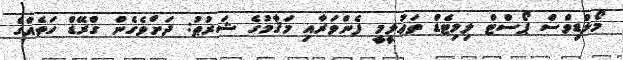
މޯލްޑިވްސް ޕޯސްޓް ލިމިޓެޑް ތަޢުލީމީ ފެންވަރާއި މަޤާމުގެ ޝަރުޠު: ދަށްވެގެން ގްރޭޑް ހަތެއްގެ